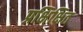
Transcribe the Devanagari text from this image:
प्रक्षिक्षित